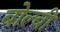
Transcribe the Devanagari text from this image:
बोल्बी